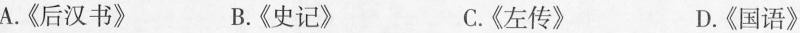
A.《后汉书》 B.《史记》 C.《左传》 D.《国语》